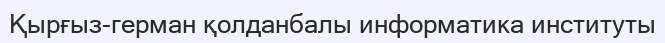
Қырғыз-герман қолданбалы информатика институты